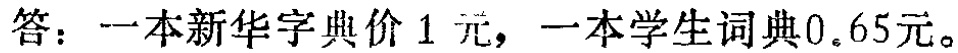
答：一本新华字典价$1$元，一本学生词典$0.65$元。